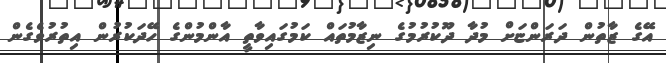
އޭގެ ޒާތުން ދަރަންޏަށް މުދާ ދޫކުރުމުގެ ނިޒާމުތައް ކަމުގައިވާތީ އާންމުންގެ ހޭދަކުރުން އިތުރުވެގެން